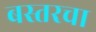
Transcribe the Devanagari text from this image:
बस्तरचा